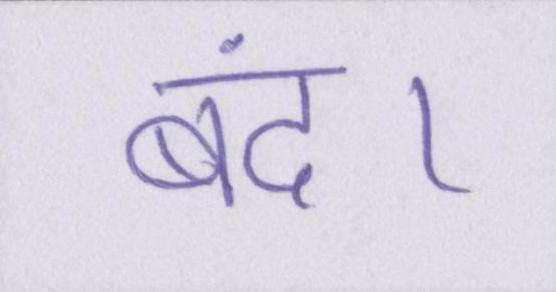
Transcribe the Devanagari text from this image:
बंद।